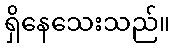
ရှိနေသေးသည်။